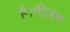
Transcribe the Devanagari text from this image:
है।नीलम